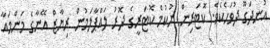
އުނދަގޫ ދުވަހެކެވެ. ކޮޓަރިން ނުކުމެ ކޮޓަރީގެ ދޮރު ލައްޕާލަމުން ރިޔާޒް އޭނާގެ މަންމައާ